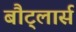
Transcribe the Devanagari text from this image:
बौट्लार्स